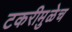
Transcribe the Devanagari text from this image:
टकरीमुळेच